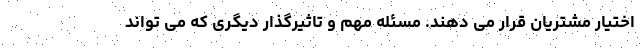
اختیار مشتریان قرار می دهند. مسئله مهم و تاثیرگذار دیگری که می تواند